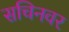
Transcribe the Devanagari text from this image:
सचिनवर